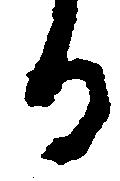
る